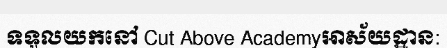
ទទួលយកនៅ Cut Above Academyអាស័យដ្ឋាន: